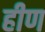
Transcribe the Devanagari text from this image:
हीण